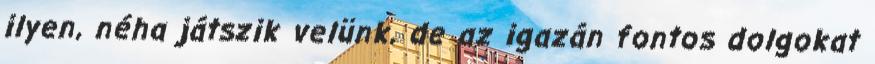
ilyen, néha játszik velünk, de az igazán fontos dolgokat